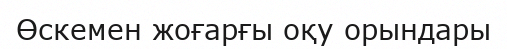
Өскемен жоғарғы оқу орындары